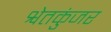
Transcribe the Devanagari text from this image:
श्वेतकुंजर